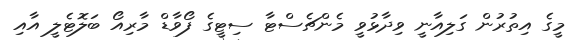
މީގެ އިތުރުން ގަލިއާނީ ވިދާޅުވީ މެންޗެސްޓާ ސިޓީގެ ފޯވާޑް މާރިއޯ ބަލޮޓެލީ އާއި